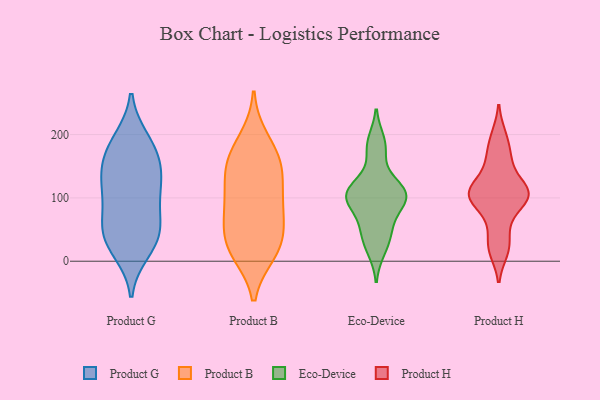
{"axis": {"x": "Operating Costs (USD K)", "y": "Value"}, "legend": ["Eco-Device", "Product B", "Product G", "Product H"], "data": [{"x": "", "y": 27, "type": "Product G"}, {"x": "", "y": 41, "type": "Product G"}, {"x": "", "y": 58, "type": "Product G"}, {"x": "", "y": 44, "type": "Product G"}, {"x": "", "y": 103, "type": "Product G"}, {"x": "", "y": 109, "type": "Product G"}, {"x": "", "y": 136, "type": "Product G"}, {"x": "", "y": 109, "type": "Product G"}, {"x": "", "y": 144, "type": "Product G"}, {"x": "", "y": 58, "type": "Product G"}, {"x": "", "y": 17, "type": "Product G"}, {"x": "", "y": 186, "type": "Product G"}, {"x": "", "y": 155, "type": "Product G"}, {"x": "", "y": 191, "type": "Product G"}, {"x": "", "y": 171, "type": "Product G"}, {"x": "", "y": 161, "type": "Product B"}, {"x": "", "y": 26, "type": "Product B"}, {"x": "", "y": 94, "type": "Product B"}, {"x": "", "y": 191, "type": "Product B"}, {"x": "", "y": 97, "type": "Product B"}, {"x": "", "y": 15, "type": "Product B"}, {"x": "", "y": 151, "type": "Product B"}, {"x": "", "y": 62, "type": "Product B"}, {"x": "", "y": 136, "type": "Product B"}, {"x": "", "y": 156, "type": "Product B"}, {"x": "", "y": 31, "type": "Product B"}, {"x": "", "y": 82, "type": "Product B"}, {"x": "", "y": 21, "type": "Product B"}, {"x": "", "y": 108, "type": "Eco-Device"}, {"x": "", "y": 106, "type": "Eco-Device"}, {"x": "", "y": 80, "type": "Eco-Device"}, {"x": "", "y": 99, "type": "Eco-Device"}, {"x": "", "y": 174, "type": "Eco-Device"}, {"x": "", "y": 94, "type": "Eco-Device"}, {"x": "", "y": 116, "type": "Eco-Device"}, {"x": "", "y": 117, "type": "Eco-Device"}, {"x": "", "y": 189, "type": "Eco-Device"}, {"x": "", "y": 18, "type": "Eco-Device"}, {"x": "", "y": 47, "type": "Eco-Device"}, {"x": "", "y": 43, "type": "Eco-Device"}, {"x": "", "y": 117, "type": "Product H"}, {"x": "", "y": 109, "type": "Product H"}, {"x": "", "y": 65, "type": "Product H"}, {"x": "", "y": 197, "type": "Product H"}, {"x": "", "y": 104, "type": "Product H"}, {"x": "", "y": 106, "type": "Product H"}, {"x": "", "y": 151, "type": "Product H"}, {"x": "", "y": 27, "type": "Product H"}, {"x": "", "y": 99, "type": "Product H"}, {"x": "", "y": 170, "type": "Product H"}, {"x": "", "y": 17, "type": "Product H"}, {"x": "", "y": 103, "type": "Product H"}]}